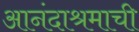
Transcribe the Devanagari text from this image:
आनंदाश्रमाची